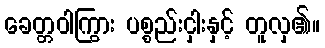
ခေတ္တဝါကြွား ပစ္စည်းငှါးနှင့် တူလှ၏။